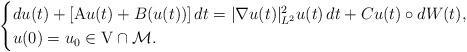
LaTeX: \begin{align*}\begin{cases}du(t) + \left[\mathrm{A} u(t) + B(u(t))\right]dt = |\nabla u(t)|_{L^2}^2u(t)\,dt + Cu(t) \circ dW(t),\\u(0) = u_0 \in \mathrm{V} \cap \mathcal{M}.\end{cases}\end{align*}